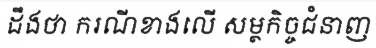
ដឹងថា ករណីខាងលើ សម្ថកិច្ចជំនាញ